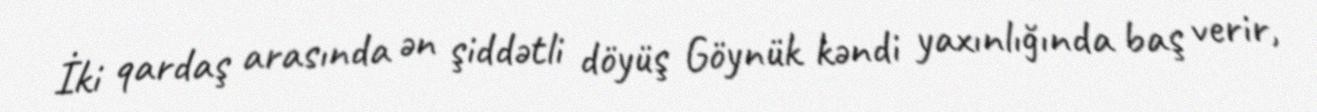
İki qardaş arasında ən şiddətli döyüş Göynük kəndi yaxınlığında baş verir,